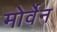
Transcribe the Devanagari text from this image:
मोर्वेन